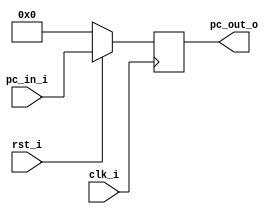
// 0613144  0613149 G

//Subject:     CO project 3 - Simple Single CPU
//--------------------------------------------------------------------------------
//Version:     1
//--------------------------------------------------------------------------------
//Writer:      0613144  0613149 G
//----------------------------------------------
//----------------------------------------------
//Description: 
//--------------------------------------------------------------------------------

module ProgramCounter(
    clk_i,
	rst_i,
	pc_in_i,
	pc_out_o
	);
     
//I/O ports
input           clk_i;
input	        rst_i;
input  [32-1:0] pc_in_i;
output [32-1:0] pc_out_o;
 
//Internal Signals
reg    [32-1:0] pc_out_o;
 

    
//Main function
always @(posedge clk_i) begin
    if(~rst_i)
	    pc_out_o <= 0;
	else
	    pc_out_o <= pc_in_i;
end

endmodule